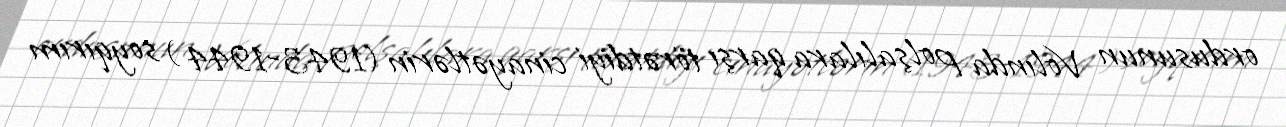
ordusunun Volında polşalılara qarşı törətdiyi cinayətlərin (1943-1944 ) soyqırım